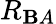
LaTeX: R_{\mathbf{B}A}